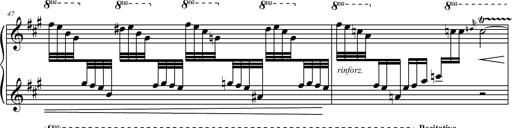
Title: 2 LÃ©gendes
Composer: Franz Liszt